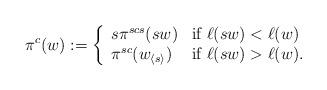
LaTeX: \begin{align*}\pi^c(w):=\left\{\begin{array}{ll}s\pi^{scs}(sw) &\mbox{if}\ \ell(sw)<\ell(w)\\\pi^{sc}(w_{\langle s\rangle }) &\mbox{if}\ \ell(sw)>\ell(w).\end{array}\right.\end{align*}